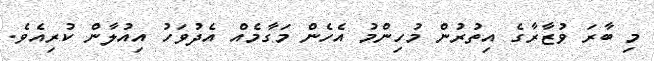
މި ބާރަ ވުޒާރާގެ އިތުރުން މުހިންމު އެހެން މަގާމެއް އެދުވަހު އިއުލާން ކުރިއެވެ.